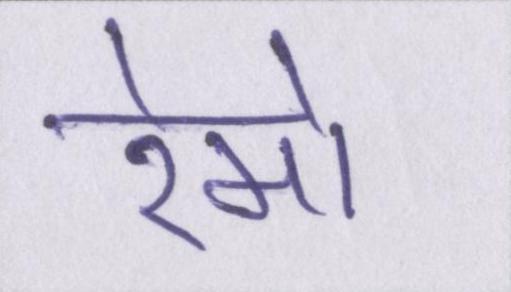
रेमो